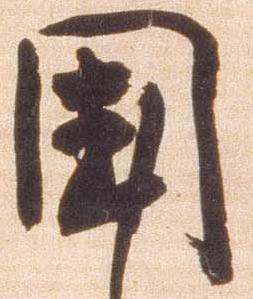
国